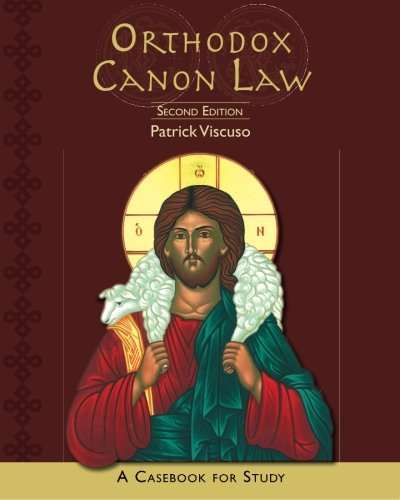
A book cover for Orthodox Canon Law: A Casebook for Study: Second Edition; Patrick Viscuso; Christian Books & Bibles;